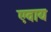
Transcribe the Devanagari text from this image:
एवाय